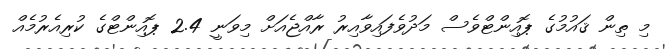
މި ތިން ޤައުމުގެ ޕޮއިންޓްވެސް މަދުވެފައިވާއިރު ރާއްޖެއަށް މިވަނީ 2.4 ޕޮއިންޓްގެ ކުރިއެރުމެއް